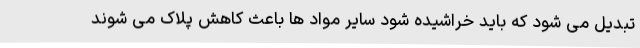
تبدیل می شود که باید خراشیده شود سایر مواد ها باعث کاهش پلاک می شوند